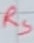
Text: RS